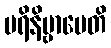
ပရိနိဗ္ဗာပေတိ